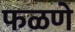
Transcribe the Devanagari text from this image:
फळणे